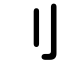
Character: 刂